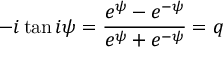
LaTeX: - i \tan i \psi = { \frac { e ^ { \psi } - e ^ { - \psi } } { e ^ { \psi } + e ^ { - \psi } } } = q